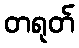
တရုတ်